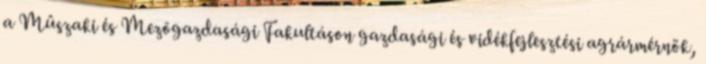
a Mûszaki és Mezõgazdasági Fakultáson gazdasági és vidékfejlesztési agrármérnök,